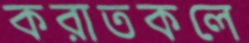
করাতকলে